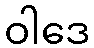
ဝါဒေ